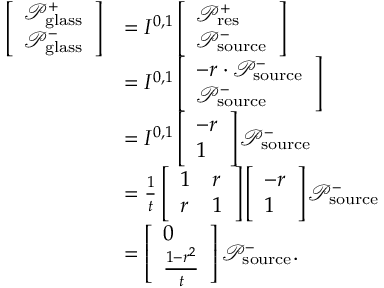
\begin{array} { r l } { \left[ \begin{array} { l } { \mathcal { P } _ { \mathrm { g l a s s } } ^ { + } } \\ { \mathcal { P } _ { \mathrm { g l a s s } } ^ { - } } \end{array} \right] } & { = I ^ { 0 , 1 } \left[ \begin{array} { l } { \mathcal { P } _ { \mathrm { r e s } } ^ { + } } \\ { \mathcal { P } _ { \mathrm { s o u r c e } } ^ { - } } \end{array} \right] } \\ & { = I ^ { 0 , 1 } \left[ \begin{array} { l } { - r \cdot \mathcal { P } _ { \mathrm { s o u r c e } } ^ { - } } \\ { \mathcal { P } _ { \mathrm { s o u r c e } } ^ { - } } \end{array} \right] } \\ & { = I ^ { 0 , 1 } \left[ \begin{array} { l } { - r } \\ { 1 } \end{array} \right] \mathcal { P } _ { \mathrm { s o u r c e } } ^ { - } } \\ & { = \frac { 1 } { t } \left[ \begin{array} { l l } { 1 } & { r } \\ { r } & { 1 } \end{array} \right] \left[ \begin{array} { l } { - r } \\ { 1 } \end{array} \right] \mathcal { P } _ { \mathrm { s o u r c e } } ^ { - } } \\ & { = \left[ \begin{array} { l } { 0 } \\ { \frac { 1 - r ^ { 2 } } { t } } \end{array} \right] \mathcal { P } _ { \mathrm { s o u r c e } } ^ { - } . } \end{array}